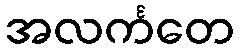
အလင်္ကတေ